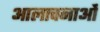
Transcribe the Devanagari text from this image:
आलाचनाओं